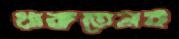
থাকতেনই